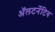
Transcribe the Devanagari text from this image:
ॲलटर्नेटिव